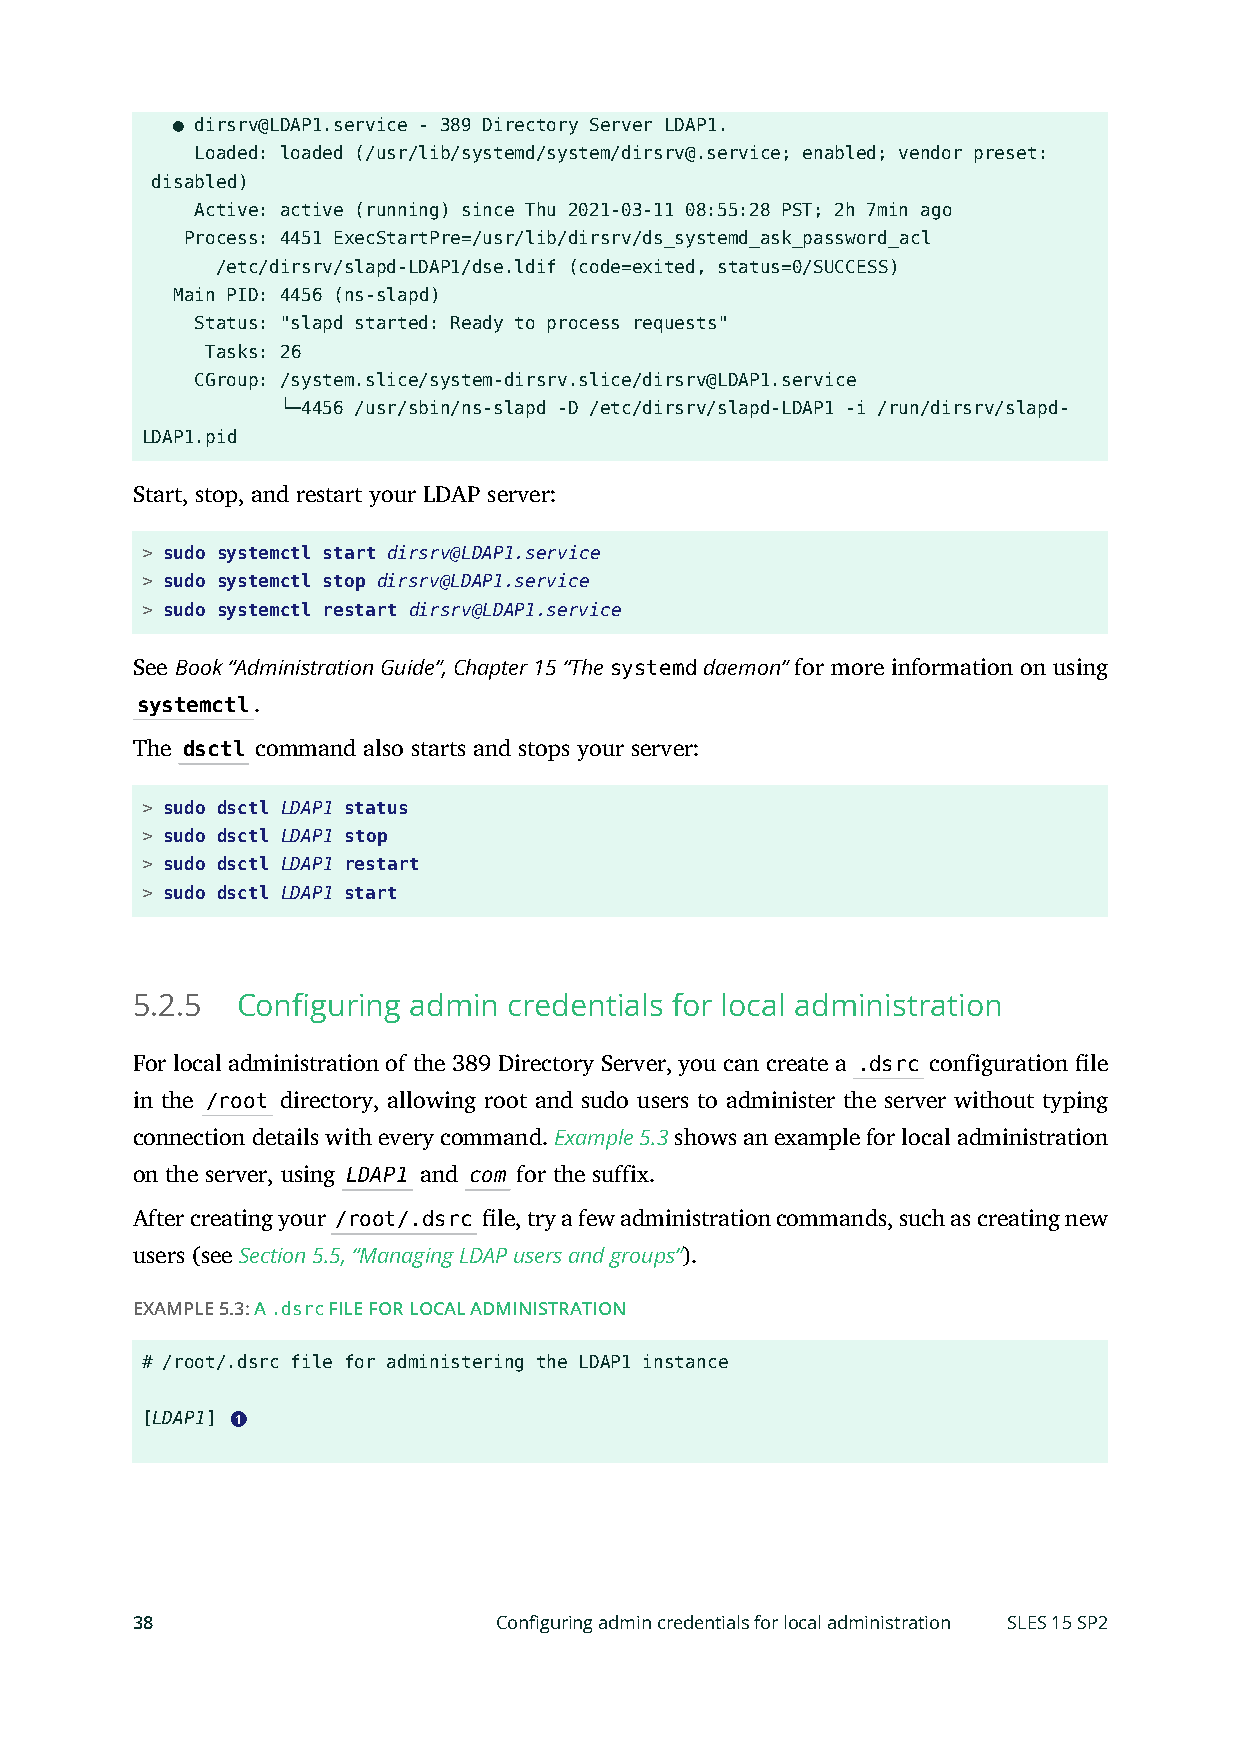
● dirsrv@LDAP1.service - 389 Directory Server LDAP1.
 Loaded: loaded (/usr/lib/systemd/system/dirsrv@.service; enabled; vendor preset:
 disabled)
 Active: active (running) since Thu 2021-03-11 08:55:28 PST; 2h 7min ago
 Process: 4451 ExecStartPre=/usr/lib/dirsrv/ds_systemd_ask_password_acl
 /etc/dirsrv/slapd-LDAP1/dse.ldif (code=exited, status=0/SUCCESS)
 Main PID: 4456 (ns-slapd)
 Status: "slapd started: Ready to process requests"
 Tasks: 26
 CGroup: /system.slice/system-dirsrv.slice/dirsrv@LDAP1.service
 └─4456 /usr/sbin/ns-slapd -D /etc/dirsrv/slapd-LDAP1 -i /run/dirsrv/slapd-
 LDAP1.pid
 Start, stop, and restart your LDAP server:
 > sudo systemctl start dirsrv@LDAP1.service
 > sudo systemctl stop dirsrv@LDAP1.service
 > sudo systemctl restart dirsrv@LDAP1.service
 See Book “Administration Guide”, Chapter 15 “The systemd daemon” for more information on using
 systemctl.
 The dsctl command also starts and stops your server:
 > sudo dsctl LDAP1 status
 > sudo dsctl LDAP1 stop
 > sudo dsctl LDAP1 restart
 > sudo dsctl LDAP1 start
 5.2.5  Configuring admin credentials for local administration
 For local administration of the 389 Directory Server, you can create a .dsrc configuration le
 in the /root directory, allowing root and sudo users to administer the server without typing
 connection details with every command. Example 5.3 shows an example for local administration
 on the server, using LDAP1 and com for the suffix.
 After creating your /root/.dsrc le, try a few administration commands, such as creating new
 users (see Section 5.5, “Managing LDAP users and groups”).
 EXAMPLE 5.3: A .dsrc FILE FOR LOCAL ADMINISTRATION
 # /root/.dsrc file for administering the LDAP1 instance
 [LDAP1] 1
 38                      Configuring admin credentials for local administration SLES 15 SP2